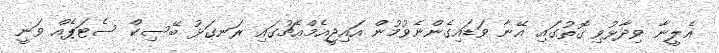
އެލީނާ ވިދާޅުވި ގޮތުގައި އޭނާ ވަޑައިގެންނެވުމުން އައިޖީއެމްއެޗުގައި ރަނގަޅު ބޭސިކް ސެޓަޕެއް ވަނީ